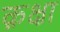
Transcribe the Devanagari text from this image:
क़क्षा